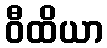
ဝီထိယာ